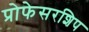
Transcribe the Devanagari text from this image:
प्रोफेसरशिप